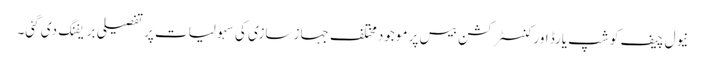
نیول چیف کو شپ یارڈ اور کنسٹرکشن بیس پر موجود مختلف جہاز سازی کی سہولیات پر تفصیلی بریفنگ دی گئی۔